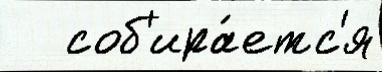
   соб'ира́етс'я